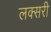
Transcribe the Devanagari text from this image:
लक्सरी